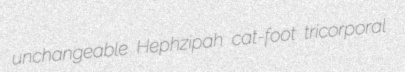
unchangeable Hephzipah cat-foot tricorporal